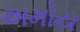
અમોય